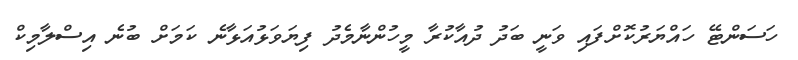
ހަސަންޓޭ ހައްޔަރުކޮށްފައި ވަނީ ބަދު ދުއާކުރާ މީހުންނާމެދު ފިޔަވަޅުއަޅާނެ ކަމަށް ބުނެ އިސްލާމިކް